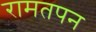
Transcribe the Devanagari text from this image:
रामतपन